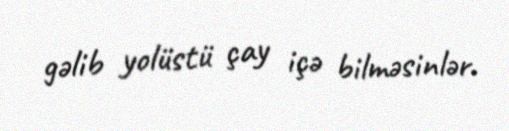
gəlib yolüstü çay içə bilməsinlər.